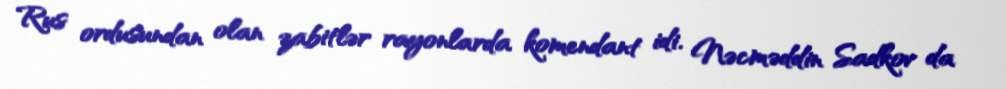
Rus ordusundan olan zabitlər rayonlarda komendant idi. Nəcməddin Sadkov da